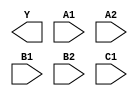
module sky130_fd_sc_hs__o221ai (
    Y ,
    A1,
    A2,
    B1,
    B2,
    C1
);

    output Y ;
    input  A1;
    input  A2;
    input  B1;
    input  B2;
    input  C1;

    // Voltage supply signals
    supply1 VPWR;
    supply0 VGND;

endmodule